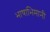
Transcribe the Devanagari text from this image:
भाषाभिमानी